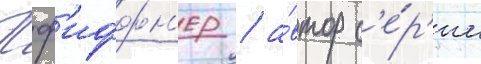
Пф'иффн'ер / а́втор с'е́р'ии